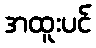
အထူးပင်